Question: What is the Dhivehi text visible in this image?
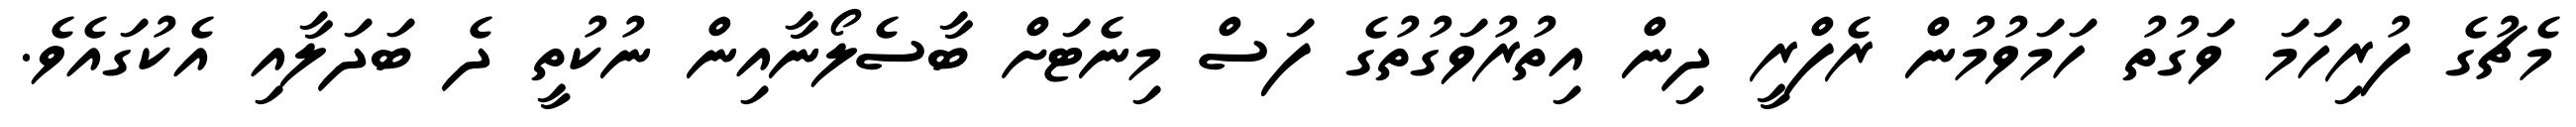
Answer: މެޗުގެ ފުރިހަމަ ވަގުތު ހަމަވުމުން ރެފްރީ ދިން އިތުރުވަގުތުގެ ފަސް މިނެޓަށް ބާސެލޯނާއިން ނުކުތީ ދެ ބަދަލާއި އެކުގައެވެ.